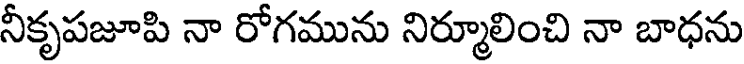
నీకృపజూపి నా రోగమును నిర్మూలించి నా బాధను